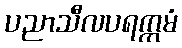
ပညာသီလပရက္ကမံ